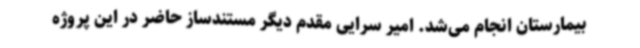
بیمارستان انجام می‌شد. امیر سرایی مقدم دیگر مستندساز حاضر در این پروژه